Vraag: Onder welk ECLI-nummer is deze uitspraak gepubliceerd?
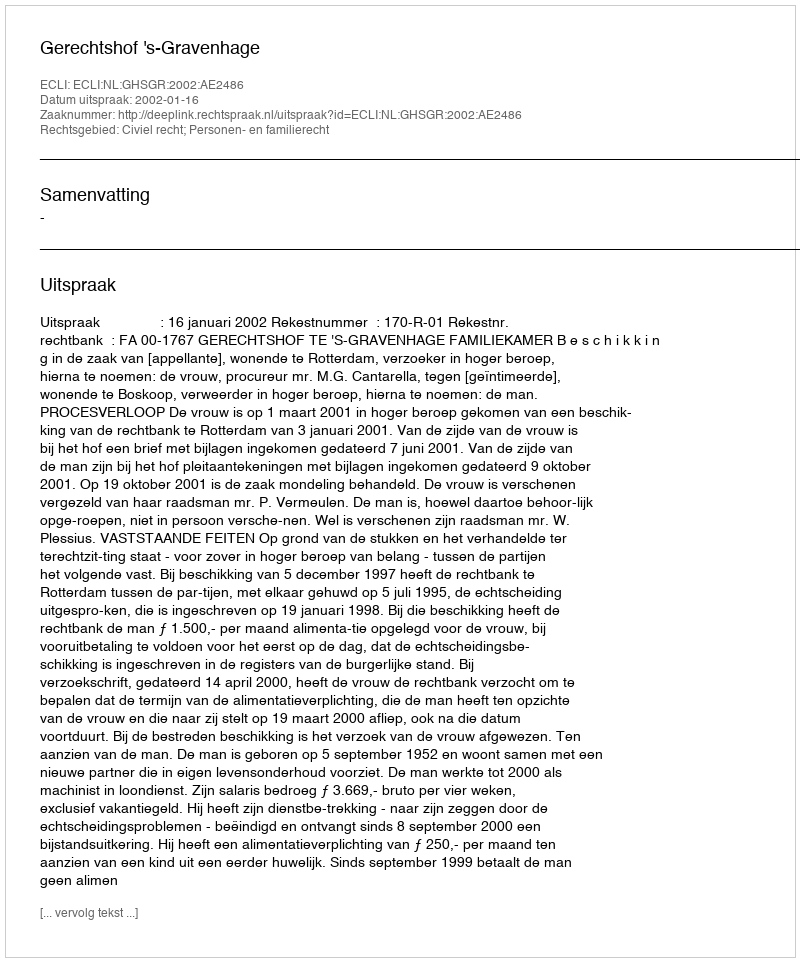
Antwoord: ECLI:NL:GHSGR:2002:AE2486